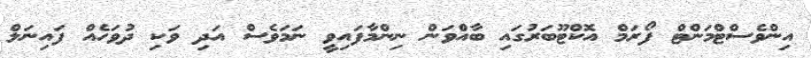
އިންވެސްޓްމަންޓް ފޯރަމް އޮކްޓޫބަރުގައި ބާއްވަން ނިންމާފައިވީ ނަމަވެސް އަދި ވަކި ދުވަހެއް ފައިނަލް